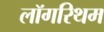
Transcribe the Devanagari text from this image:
लॉगरिथम